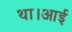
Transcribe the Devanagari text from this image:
था।आई